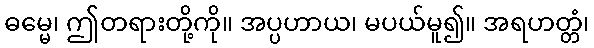
ဓမ္မေ၊ ဤတရားတို့ကို။ အပ္ပဟာယ၊ မပယ်မူ၍။ အရဟတ္တံ၊